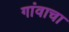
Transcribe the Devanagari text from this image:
गांवाचा